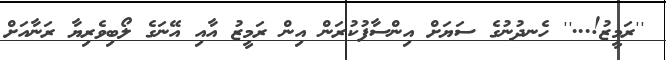
''ރަމީޒު!...'' ހެނދުނުގެ ސަޔަށް އިންސާފުކުރަން އިން ރަމީޒު އާއި އޭނަގެ ލޯބިވެރިޔާ ރަނާއަށް